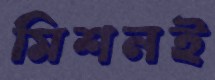
মিশনই